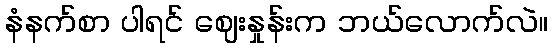
နံနက်စာ ပါရင် ဈေးနှုန်းက ဘယ်လောက်လဲ။